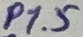
Text: P1.5